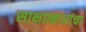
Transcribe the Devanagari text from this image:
साक्षात्कारांचा